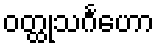
ဝတ္ထုသင်္ဂဟော